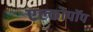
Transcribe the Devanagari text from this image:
एल्कोपॉप